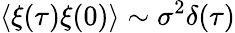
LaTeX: \langle\xi(\tau)\xi(0)\rangle\sim\sigma^{2}\delta(\tau)